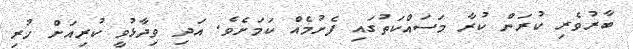
ބާރުވެރި ކުރަން ކުރާ މަސައްކަތުގައި ފެށުމެއް ކަމަށެވެ. އަދި ވިދާޅުވީ ކުރިއަށް ހުރި